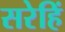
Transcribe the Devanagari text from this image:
सरेहिं